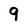
Character: 9